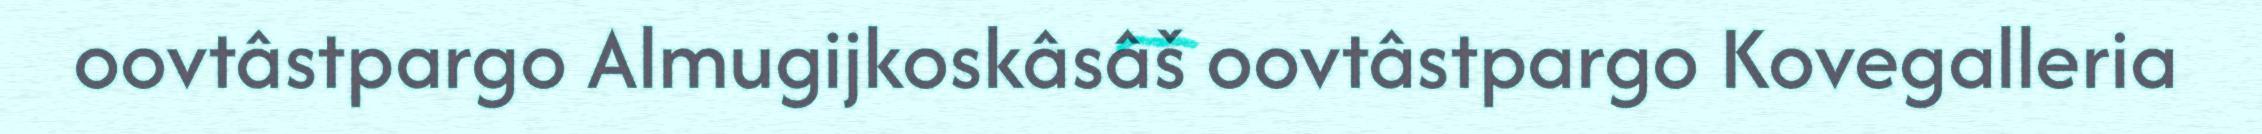
oovtâstpargo Almugijkoskâsâš oovtâstpargo Kovegalleria